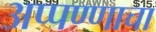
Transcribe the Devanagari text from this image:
अप्पण्णाचा